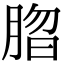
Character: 䐇